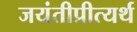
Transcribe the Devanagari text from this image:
जयंतीप्रीत्यर्थ